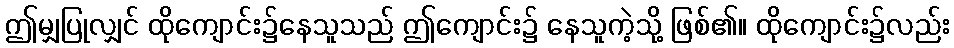
ဤမျှပြုလျှင် ထိုကျောင်း၌နေသူသည် ဤကျောင်း၌ နေသူကဲ့သို့ ဖြစ်၏။ ထိုကျောင်း၌လည်း